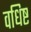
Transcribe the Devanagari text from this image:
वधिष्ट